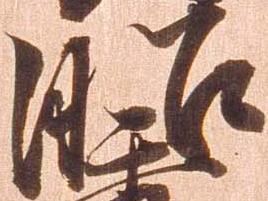
昭